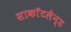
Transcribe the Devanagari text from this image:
साकाॅटलैन्ड